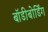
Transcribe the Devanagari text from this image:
बॉडीबोर्डिंग